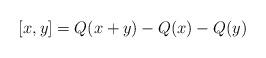
LaTeX: \begin{align*}[x,y] = Q(x+y) -Q(x) -Q(y)\end{align*}